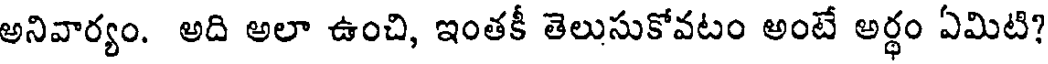
అనివార్యం. అది అలా ఉంచి, ఇంతకీ తెలుసుకోవటం అంటే అర్థం ఏమిటి?